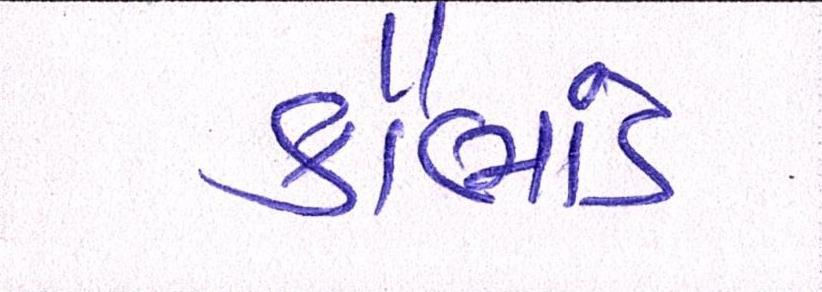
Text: કૌભાંડ